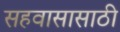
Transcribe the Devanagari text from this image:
सहवासासाठी